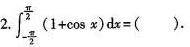
2.$$\int _ { - \frac { π } { 2 } } ^ { \frac { π } { 2 } } ( 1 + \cos x ) d x = ()$$.